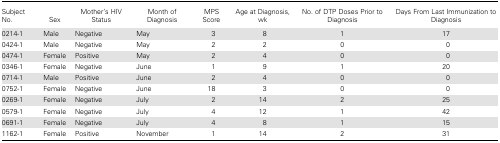
<table><thead><tr><td><b>Subject No.</b></td><td><b>Sex</b></td><td><b>Mother&#x27;s HIV Status</b></td><td><b>Month of Diagnosis</b></td><td><b>MPS Score</b></td><td><b>Age at Diagnosis, wk</b></td><td><b>No. of DTP Doses Prior to Diagnosis</b></td><td><b>Days From Last Immunization to Diagnosis</b></td></tr></thead><tbody><tr><td>0214-1</td><td>Male</td><td>Negative</td><td>May</td><td>3</td><td>8</td><td>1</td><td>17</td></tr><tr><td>0424-1</td><td>Male</td><td>Negative</td><td>May</td><td>2</td><td>2</td><td>0</td><td>0</td></tr><tr><td>0474-1</td><td>Female</td><td>Positive</td><td>May</td><td>2</td><td>4</td><td>0</td><td>0</td></tr><tr><td>0346-1</td><td>Female</td><td>Negative</td><td>June</td><td>1</td><td>9</td><td>1</td><td>20</td></tr><tr><td>0714-1</td><td>Male</td><td>Positive</td><td>June</td><td>2</td><td>4</td><td>0</td><td>0</td></tr><tr><td>0752-1</td><td>Female</td><td>Negative</td><td>June</td><td>18</td><td>3</td><td>0</td><td>0</td></tr><tr><td>0269-1</td><td>Female</td><td>Negative</td><td>July</td><td>2</td><td>14</td><td>2</td><td>25</td></tr><tr><td>0579-1</td><td>Female</td><td>Negative</td><td>July</td><td>4</td><td>12</td><td>1</td><td>42</td></tr><tr><td>0691-1</td><td>Female</td><td>Negative</td><td>July</td><td>4</td><td>8</td><td>1</td><td>15</td></tr><tr><td>1162-1</td><td>Female</td><td>Positive</td><td>November</td><td>1</td><td>14</td><td>2</td><td>31</td></tr></tbody></table>